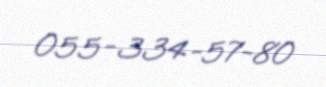
055-334-57-80